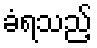
ခံရသည့်